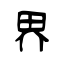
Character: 界